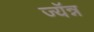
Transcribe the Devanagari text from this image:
ज्यॅन्न